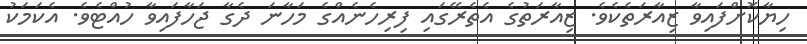
ހިޔާކޮށްފައިވާ ޒިއާރަތެކެވެ. ޒިއާރަތުގެ އެތެރޭގައި ފިރިހެނެއްގެ މަހާނަ ދެގާ ޖަހާފައިވާ ހުއްޓެވެ. އެކަމަކު